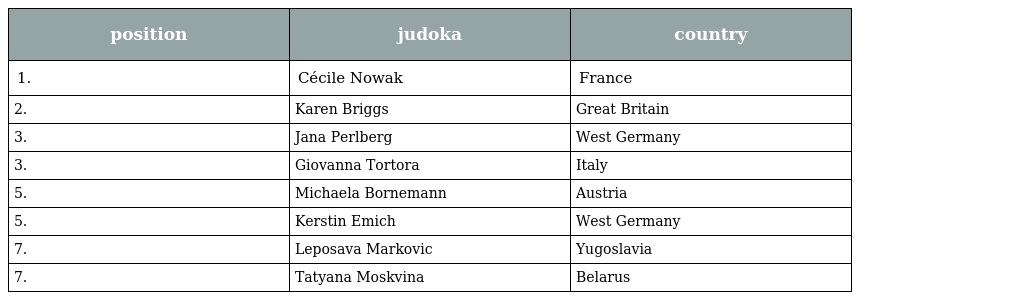
| position | judoka | country |
 | --- | --- | --- |
 | 1. | Cécile Nowak | France |
 | 2. | Karen Briggs | Great Britain |
 | 3. | Jana Perlberg | West Germany |
 | 3. | Giovanna Tortora | Italy |
 | 5. | Michaela Bornemann | Austria |
 | 5. | Kerstin Emich | West Germany |
 | 7. | Leposava Markovic | Yugoslavia |
 | 7. | Tatyana Moskvina | Belarus |